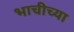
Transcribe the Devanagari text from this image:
भाचीच्या